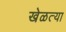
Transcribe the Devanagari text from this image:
खेळत्या